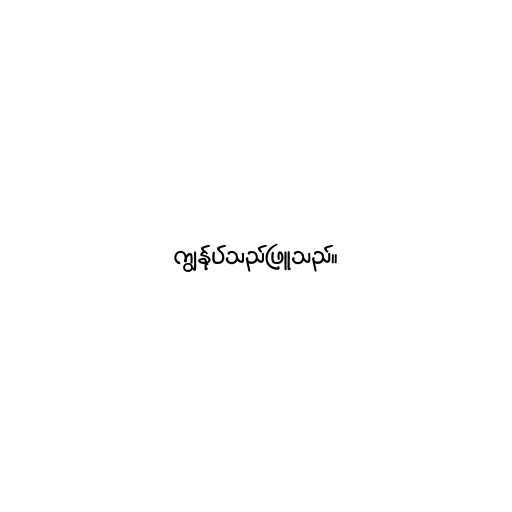
ကျွန်ုပ်သည်ဖြူသည်။